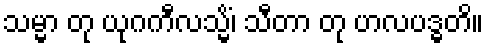
သမ္မာ တု ယုဂကီလသ္မိံ၊ သီတာ တု ဟလပဒ္ဓတိ။